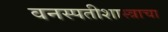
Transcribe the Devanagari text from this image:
वनस्पतीशास्त्राचा